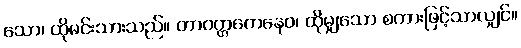
သော၊ ထိုမင်းသားသည်။ တာဝတ္တကေနေဝ၊ ထိုမျှသော စကားဖြင့်သာလျှင်။